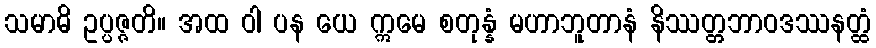
သမာဓိ ဥပ္ပဇ္ဇတိ။ အထ ဝါ ပန ယေ ဣမေ စတုန္နံ မဟာဘူတာနံ နိဿတ္တဘာဝဒဿနတ္ထံ